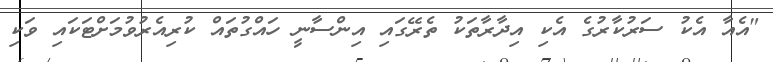
"އެއާ އެކު ސަރުކާރުގެ އެކި އިދާރާތަކު ތެރޭގައި އިންސާނީ ހައްގުތައް ކުރިއެރުވުމަށްޓަކައި ވަކި